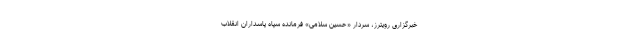
خبرگزاری رویترز، سردار «حسین سلامی» فرمانده سپاه پاسداران انقلاب